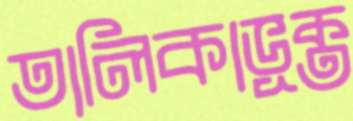
তালিকাভূক্ত